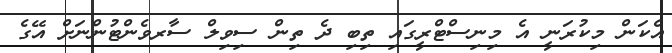
އެކަން މިކުރަނީ އެ މިނިސްޓްރީގައި ތިބި ދެ ތިން ސިވިލް ސާރވެންޓުންނަށް އޭގެ